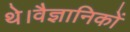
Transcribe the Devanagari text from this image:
थे।वैज्ञानिकों